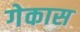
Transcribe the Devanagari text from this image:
गेकास